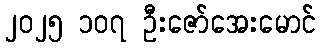
၂၀၂၅ ၁၀၇ ဦးဇော်အေးမောင်